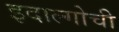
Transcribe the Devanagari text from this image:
इदाल्गोची